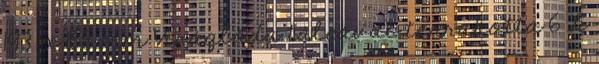
193 x 155 mm Virágláda tálcával terrakotta 6 L